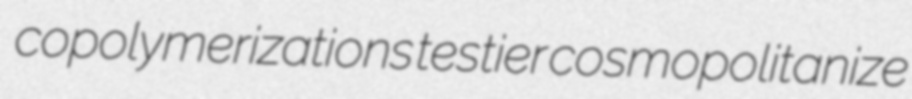
copolymerizations testier cosmopolitanize